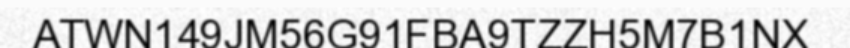
ATWN149JM56G91FBA9TZZH5M7B1NX